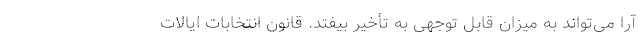
آرا می‌تواند به میزان قابل توجهی به تأخیر بیفتد. قانون انتخابات ایالات